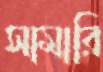
সামারি